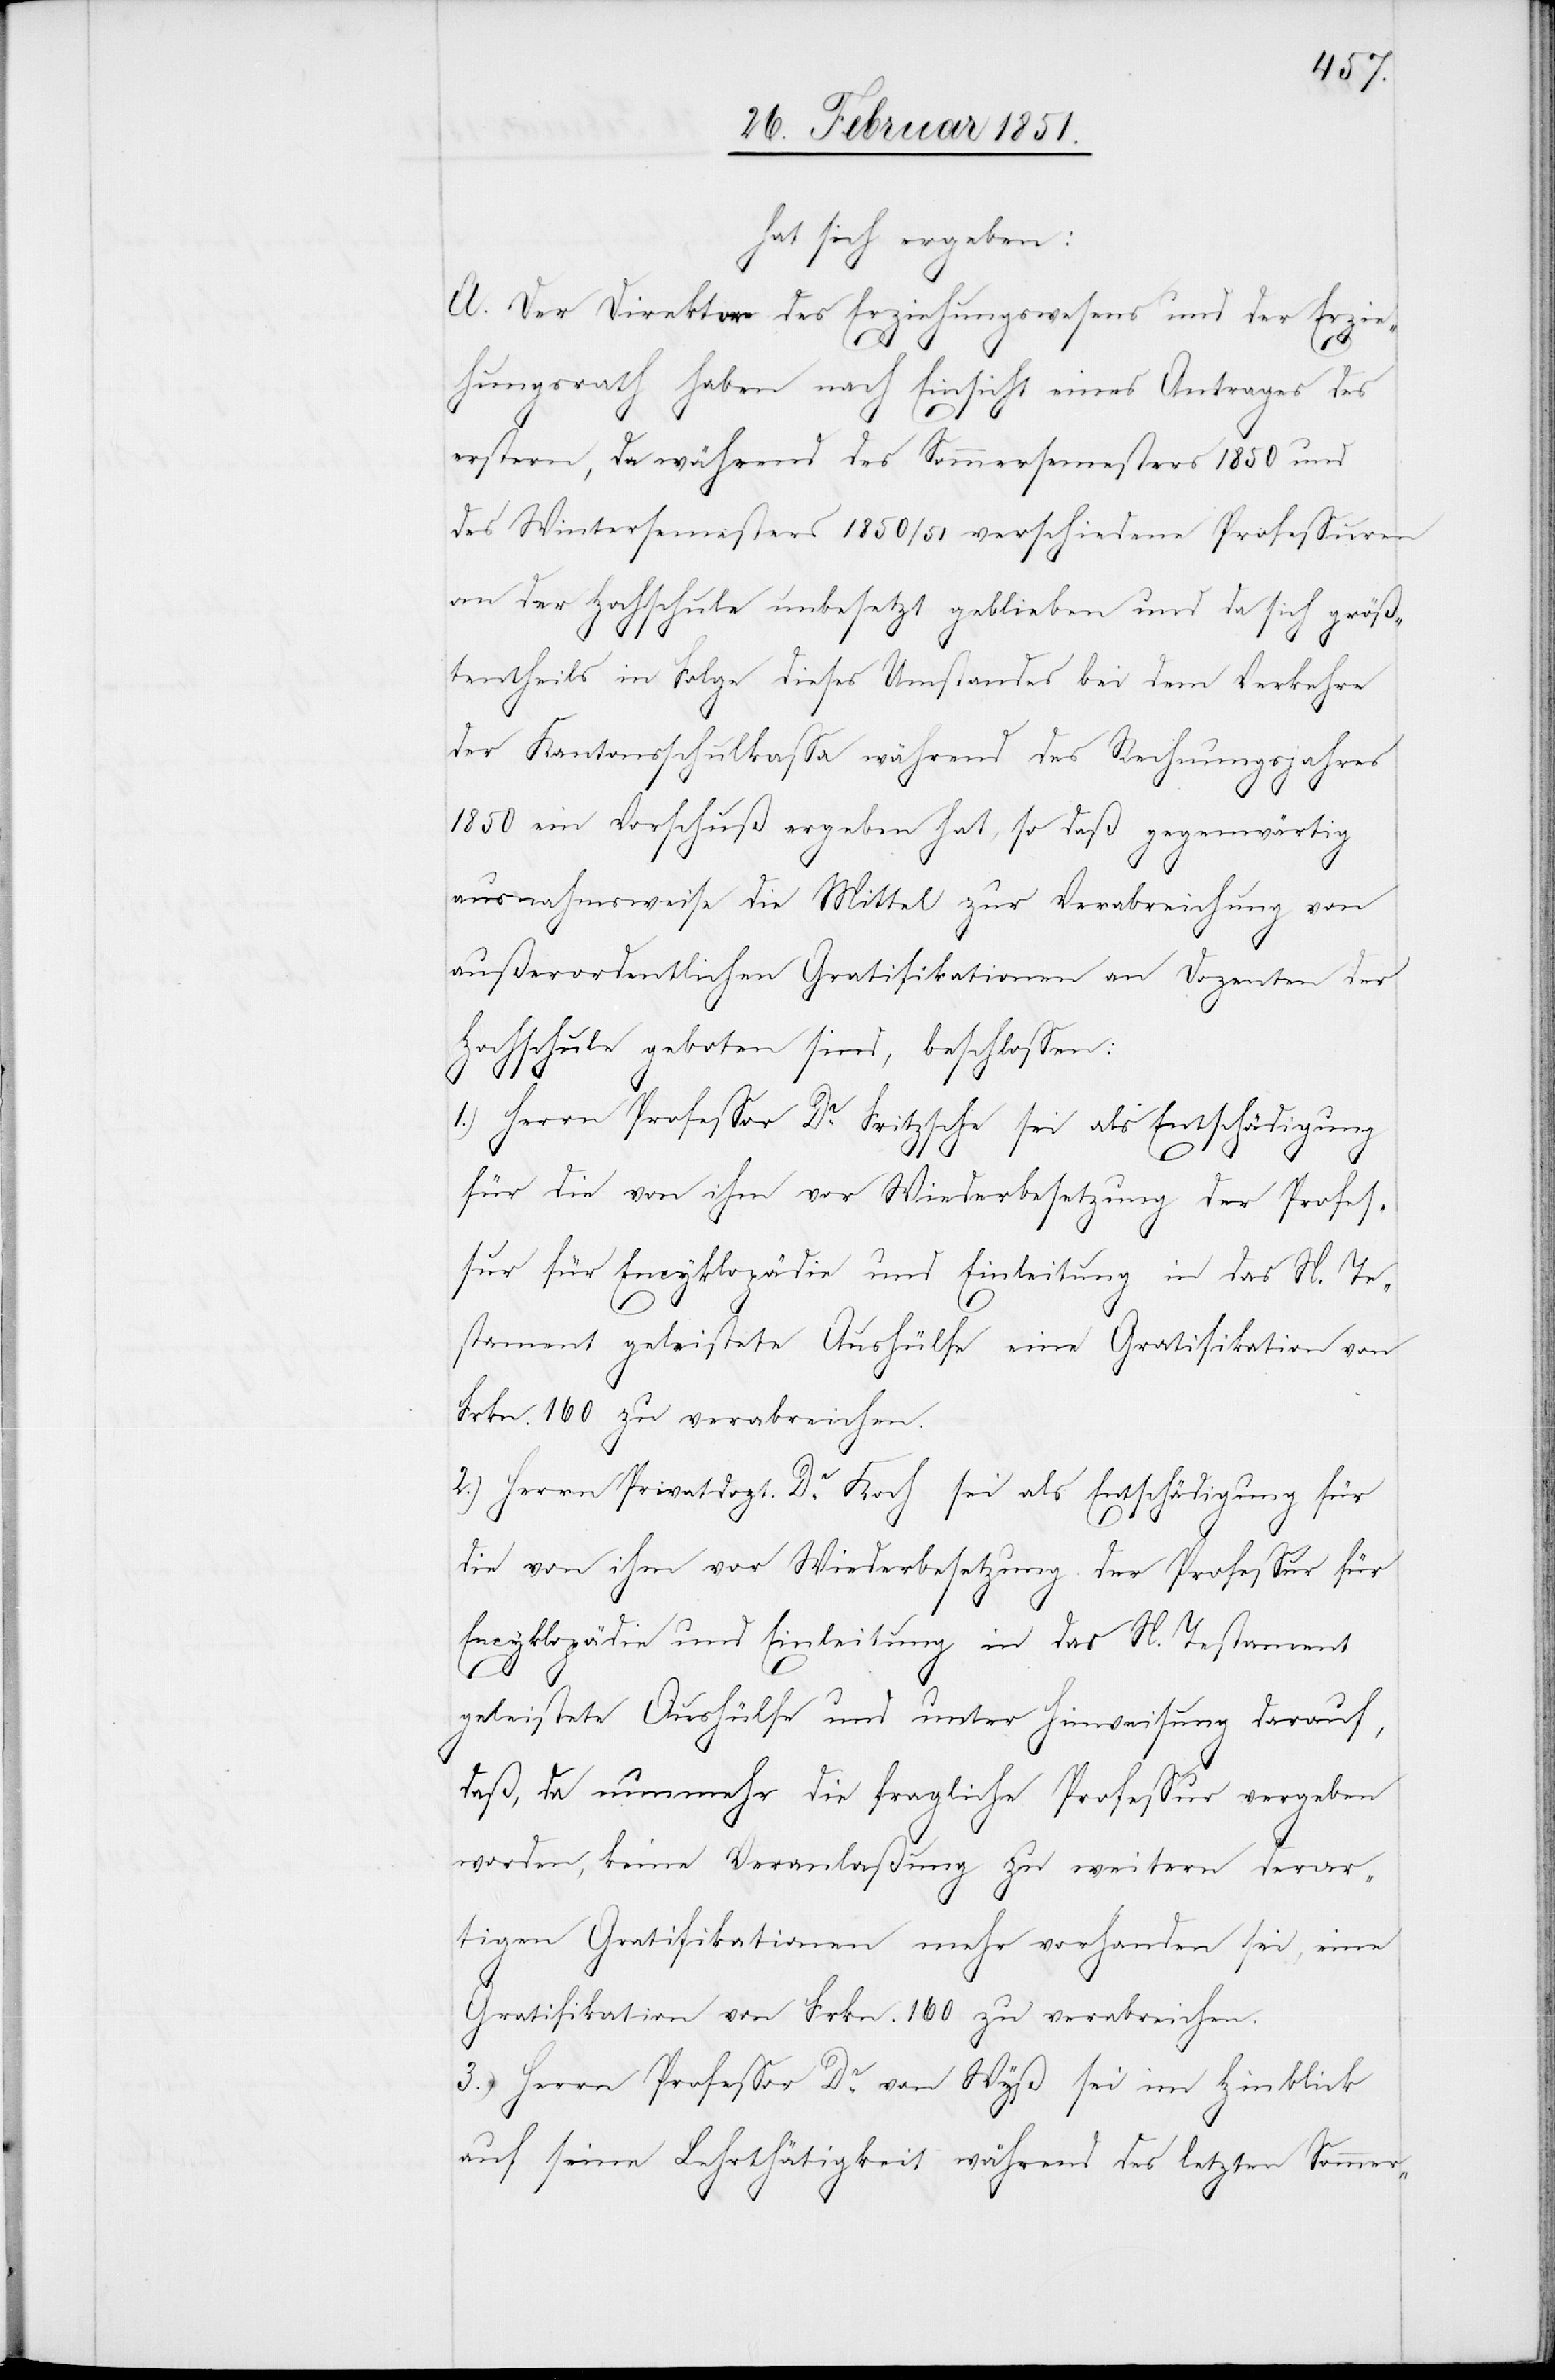
hat sich ergeben:
A. Der Direktor des Erziehungswesens und der Erzie¬
hungsrath haben nach Einsicht eines Antrages des
erstern, da während des Sommersemesters 1850 und
des Wintersemesters 1850/51 verschiedene Professuren
an der Hochschule unbesetzt geblieben und da sich größ¬
tentheils in Folge dieses Umstandes bei dem Verkehre
der Kantonsschulkassa während des Rechnungsjahres
1850 ein Vorschuß ergeben hat, so daß gegenwärtig
ausnahmsweise die Mittel zur Verabreichung von
außerordentlichen Gratifikationen an Dozenten der
Hochschule geboten sind, beschlossen:
1.) Herrn Professor Dr. Fritzsche sei als Entschädigung
für die von ihm vor Wiederbesetzung der Profes¬
sur für Encyklopädie und Einleitung in das N. Te¬
stament geleistete Aushülfe eine Gratifikation von
Frkn. 160 zu verabreichen.
2.) Herrn Privatdozt. Dr. Koch sei als Entschädigung für
die von ihm vor Wiederbesetzung der Professur für
Encyklopädie und Einleitung in das N. Testament
geleistete Aushülfe und unter Hinweisung darauf,
daß, da nunmehr die fragliche Professur vergeben
worden, keine Veranlaßung zu weitern derar¬
tigen Gratifikationen mehr vorhanden sei, eine
Gratifikation von Frkn. 160 zu verabreichen.
3.) Herrn Professor Dr. von Wyß sei im Hinblick
auf seine Lehrthätigkeit während des letzten Sommer-